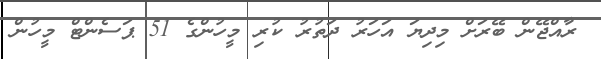
ރާއްޖޭން ބޭރަށް މިދިޔަ އަހަރު ދަތުރު ކުރި މީހުންގެ 51 ޕަސެންޓް މީހުން